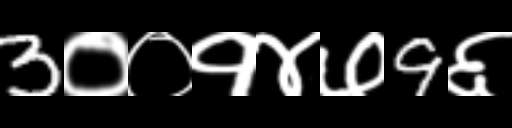
Text: 3००१४७9६